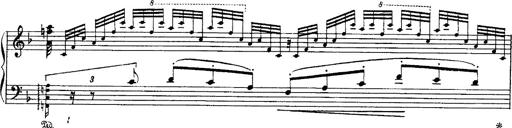
Title: Paraphrase de concert sur Ernani II
Composer: Franz Liszt